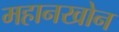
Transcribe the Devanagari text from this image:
महानखोन